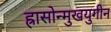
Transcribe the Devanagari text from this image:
ह्रासोन्मुखयुगीन